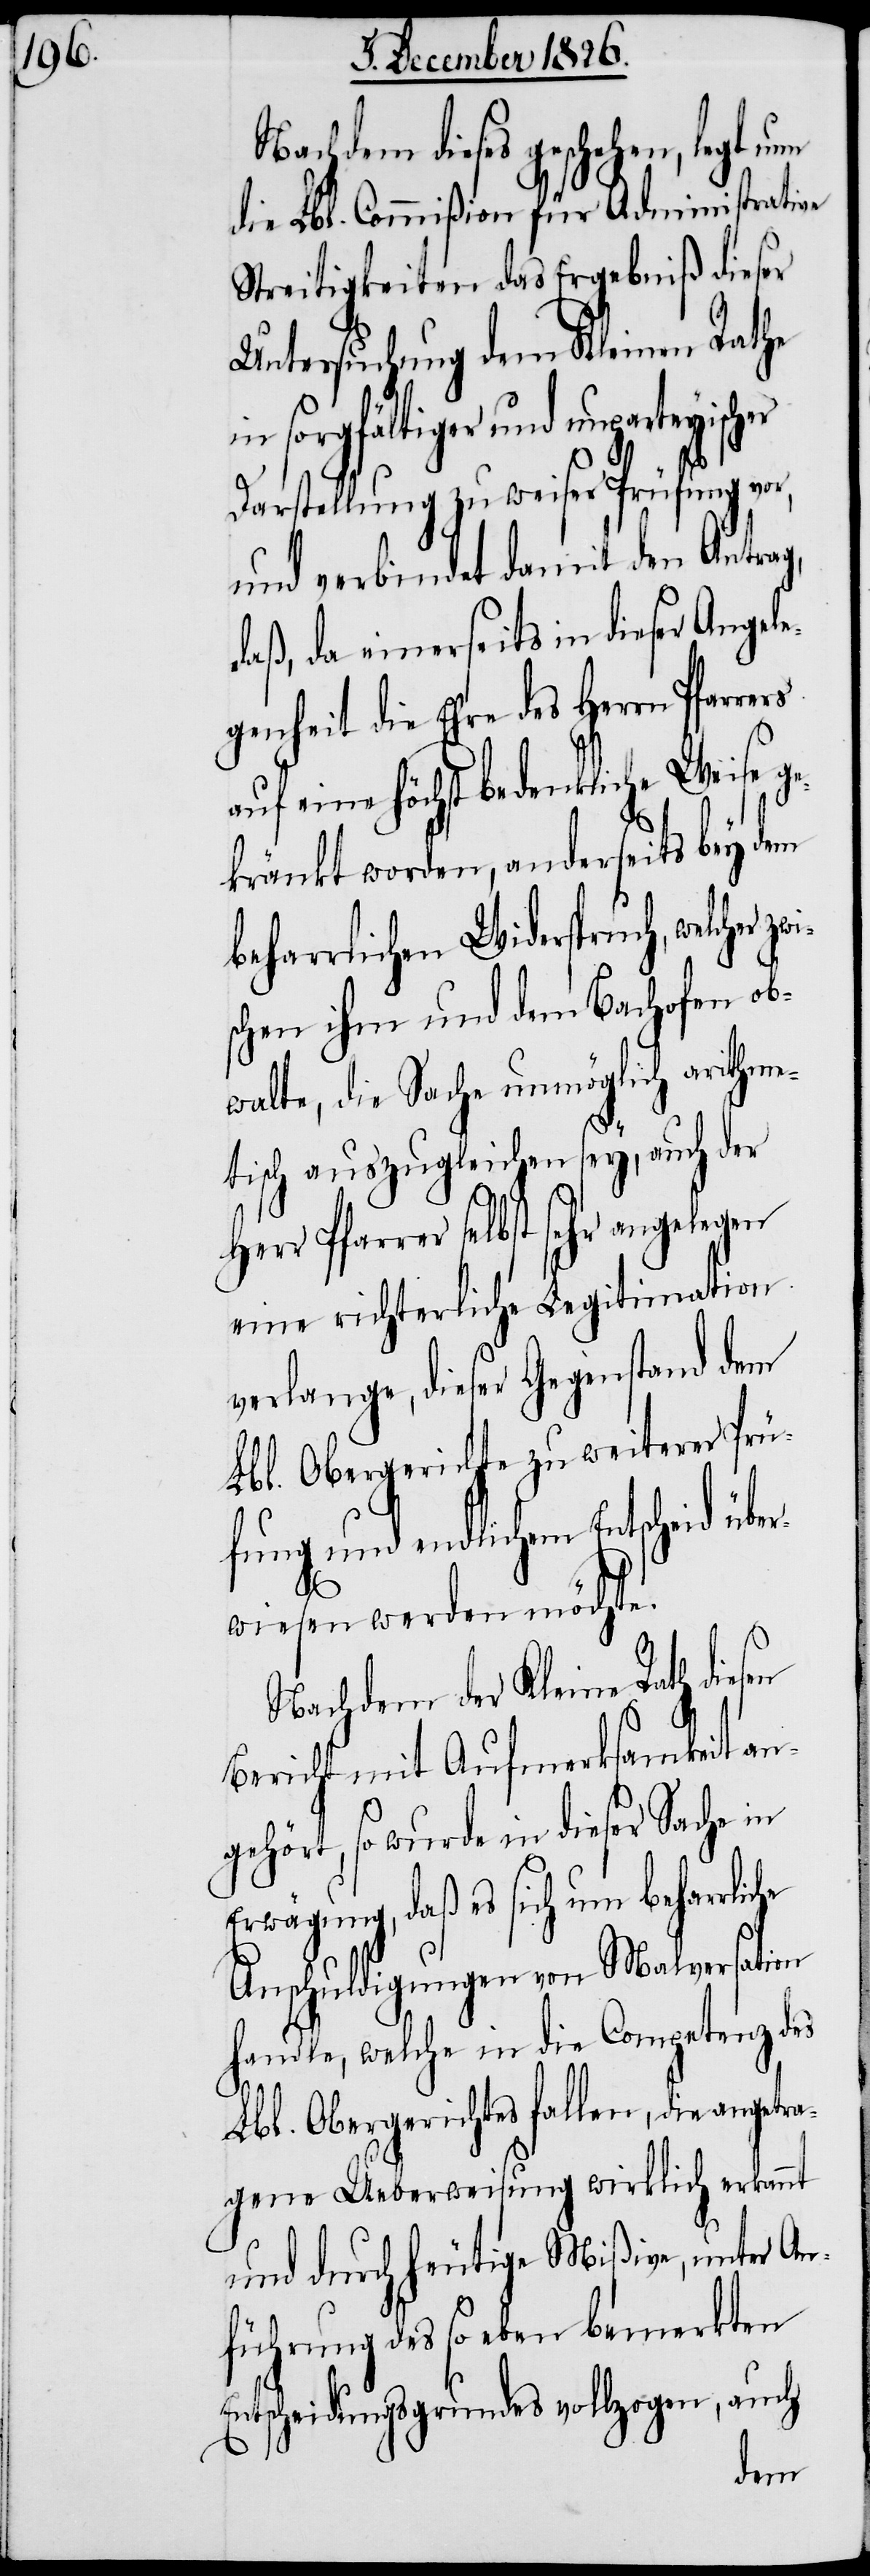
Nachdem dieses geschehen, legt
die Lbl. Commißion für Administrative
Streitigkeiten das Ergebniß dieser
Untersuchung dem Kleinen Rathe
in sorgfältiger und unparteyisch¬
Darstellung zu weiser Prüfung vor,
und verbindet damit den Antrag,
daß, da einerseits in dieser Angele¬
genheit die Ehre des Herrn Pfarr¬
auf eine höchst bedenkliche Weise ge¬
kränkt worden, anderseits bey dem
beharrlichen Widerspruch, welcher
schen ihm und dem Bachofen ob¬
walte, die Sache unmöglich arithme¬
tisch auszugleichen sey, auch der
Herr Pfarrer selbst sehr angelegen
eine richterliche Legitimation
verlange, dieser Gegenstand dem
Lbl. Obergerichte zu weiterer Prü¬
fung und endlichem Entscheid übe¬
rwiesen werden möchte.
Nachdem der Kleine Rath diesen
Bericht mit Aufmerksamkeit an¬
gehört, so wurde in dieser Sache in
Erwägung, daß es sich um beharrlic¬
Anschuldigungen von Malversation
handle, welche in die Competenz des
Lbl. Obergerichtes fallen, die angetra¬
gene Ueberweisung wirklich erkannt
und durch heutige Mißive, unter An¬
führung des so eben bemerkten
Entscheidungsgrundes vollzogen, auch
he